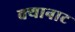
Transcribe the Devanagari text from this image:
क्यानाट